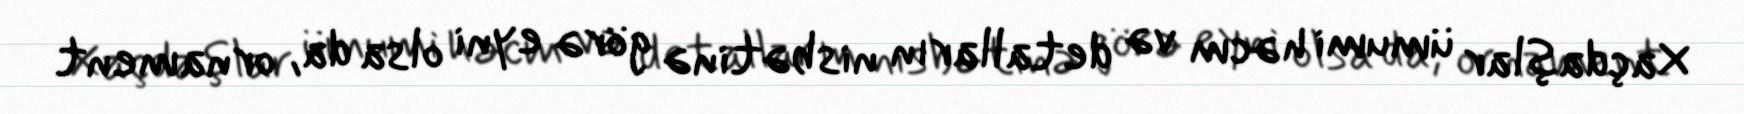
Xaçdaşlar ümumi həcm və detalların nisbətinə görə eyni olsa da, ornament